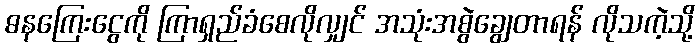
ဓနကြေးငွေကို ကြာရှည်ခံစေလိုလျှင် အသုံးအစွဲချွေတာရန် လိုသကဲ့သို့